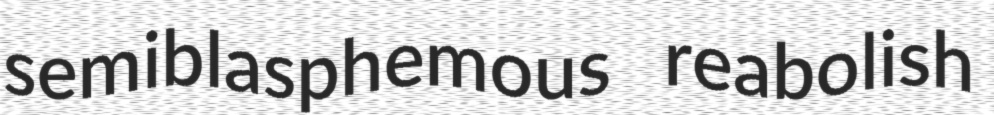
semiblasphemous reabolish